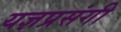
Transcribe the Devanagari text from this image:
यज्ञप्रसंगी